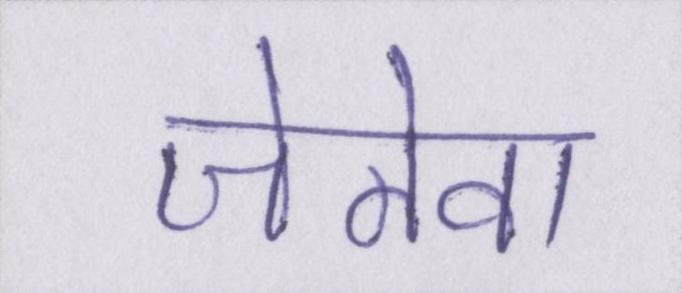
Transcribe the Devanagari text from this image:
जेनेवा